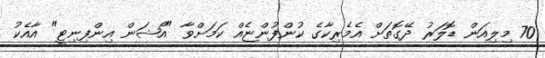
70 މިލިއަން ޑޮލަރު ދޭގޮތަށް އެމެރިކާގެ ކުންފުންޏެއް ކަމަށްވާ "އޯޝަން އިންފިނިޓީ" އާއެކު